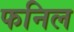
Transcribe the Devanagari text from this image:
फनिल